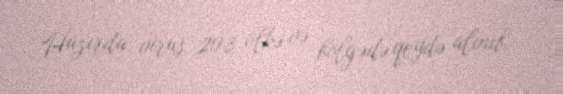
Hazırda virus 203 ölkə və bölgədə qeydə alınıb.